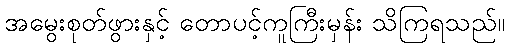
အမွေးစုတ်ဖွားနှင့် တောပင့်ကူကြီးမှန်း သိကြရသည်။